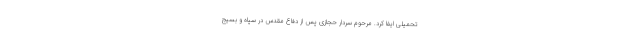
تحمیلی ایفا کرد. مرحوم سردار حجازی پس از دفاع مقدس در سپاه و بسیج